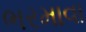
ભરમાવા